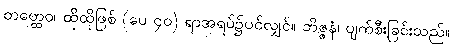
တတ္ထေဝ၊ ထိုထိုဖြစ် (ပေ ၄၀) ရာအရပ်၌ပင်လျှင်။ ဘိဇ္ဇနံ၊ ပျက်စီးခြင်းသည်။